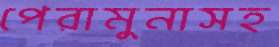
পেরামুনাসহ